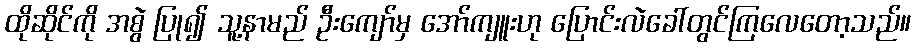
ထိုဆိုင်ကို အစွဲ ပြု၍ သူ့နာမည် ဦးကျော်မှ အော်ကျူးဟု ပြောင်းလဲခေါ်တွင်ကြလေတော့သည်။